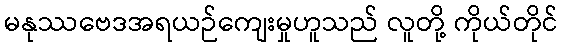
မနုဿဗေဒအရယဉ်ကျေးမှုဟူသည် လူတို့ ကိုယ်တိုင်